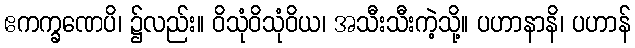
ဧကက္ခဏေပိ၊ ၌လည်း။ ဝိသုံဝိသုံဝိယ၊ အသီးသီးကဲ့သို့။ ပဟာနာနိ၊ ပဟာန်